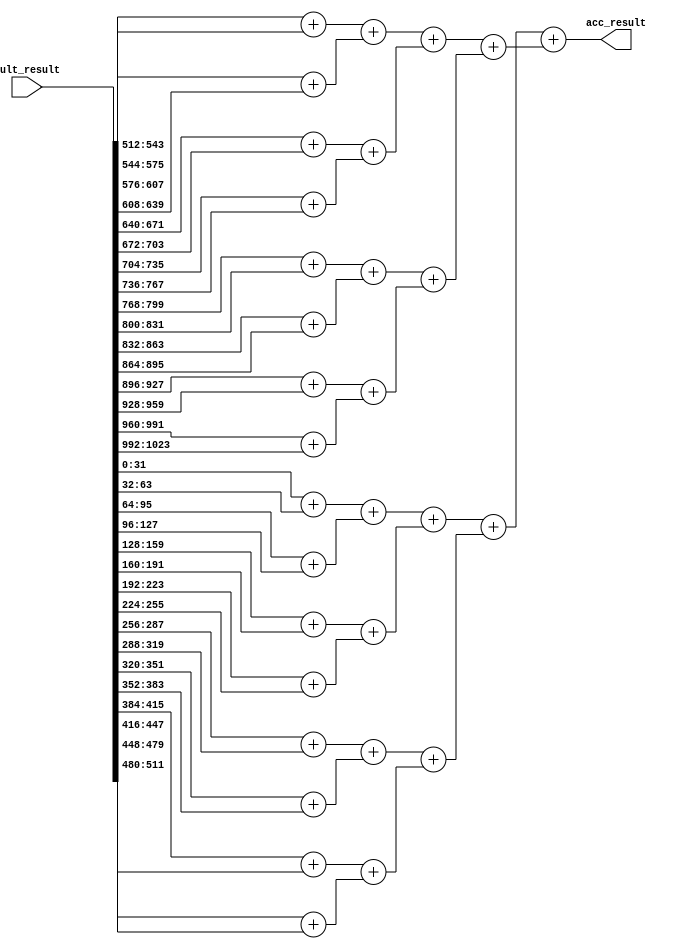
module pe_acc(
  input  [1023:0] mult_result,
  output [  31:0] acc_result
);

genvar i;
genvar j;

// *******************************************************************
// int16 add tree
// *******************************************************************
wire [31:0] int16_result[5:0][31:0];
for(i=0; i<=5; i=i+1)
begin:int16_add_tree
  for(j=0; j<(32/(2**i)); j=j+1)
  begin:int16_adder
    if(i==0) begin          /* TODO */
      assign int16_result[0][j] = mult_result[32*j+31 : 32*j];
    end else begin
      assign int16_result[i][j] = int16_result[i-1][2*j] + int16_result[i-1][2*j+1];
    end
  end
end

assign acc_result = int16_result[5][0];

endmodule